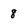
Character: 8